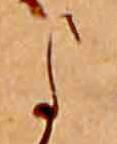
よ